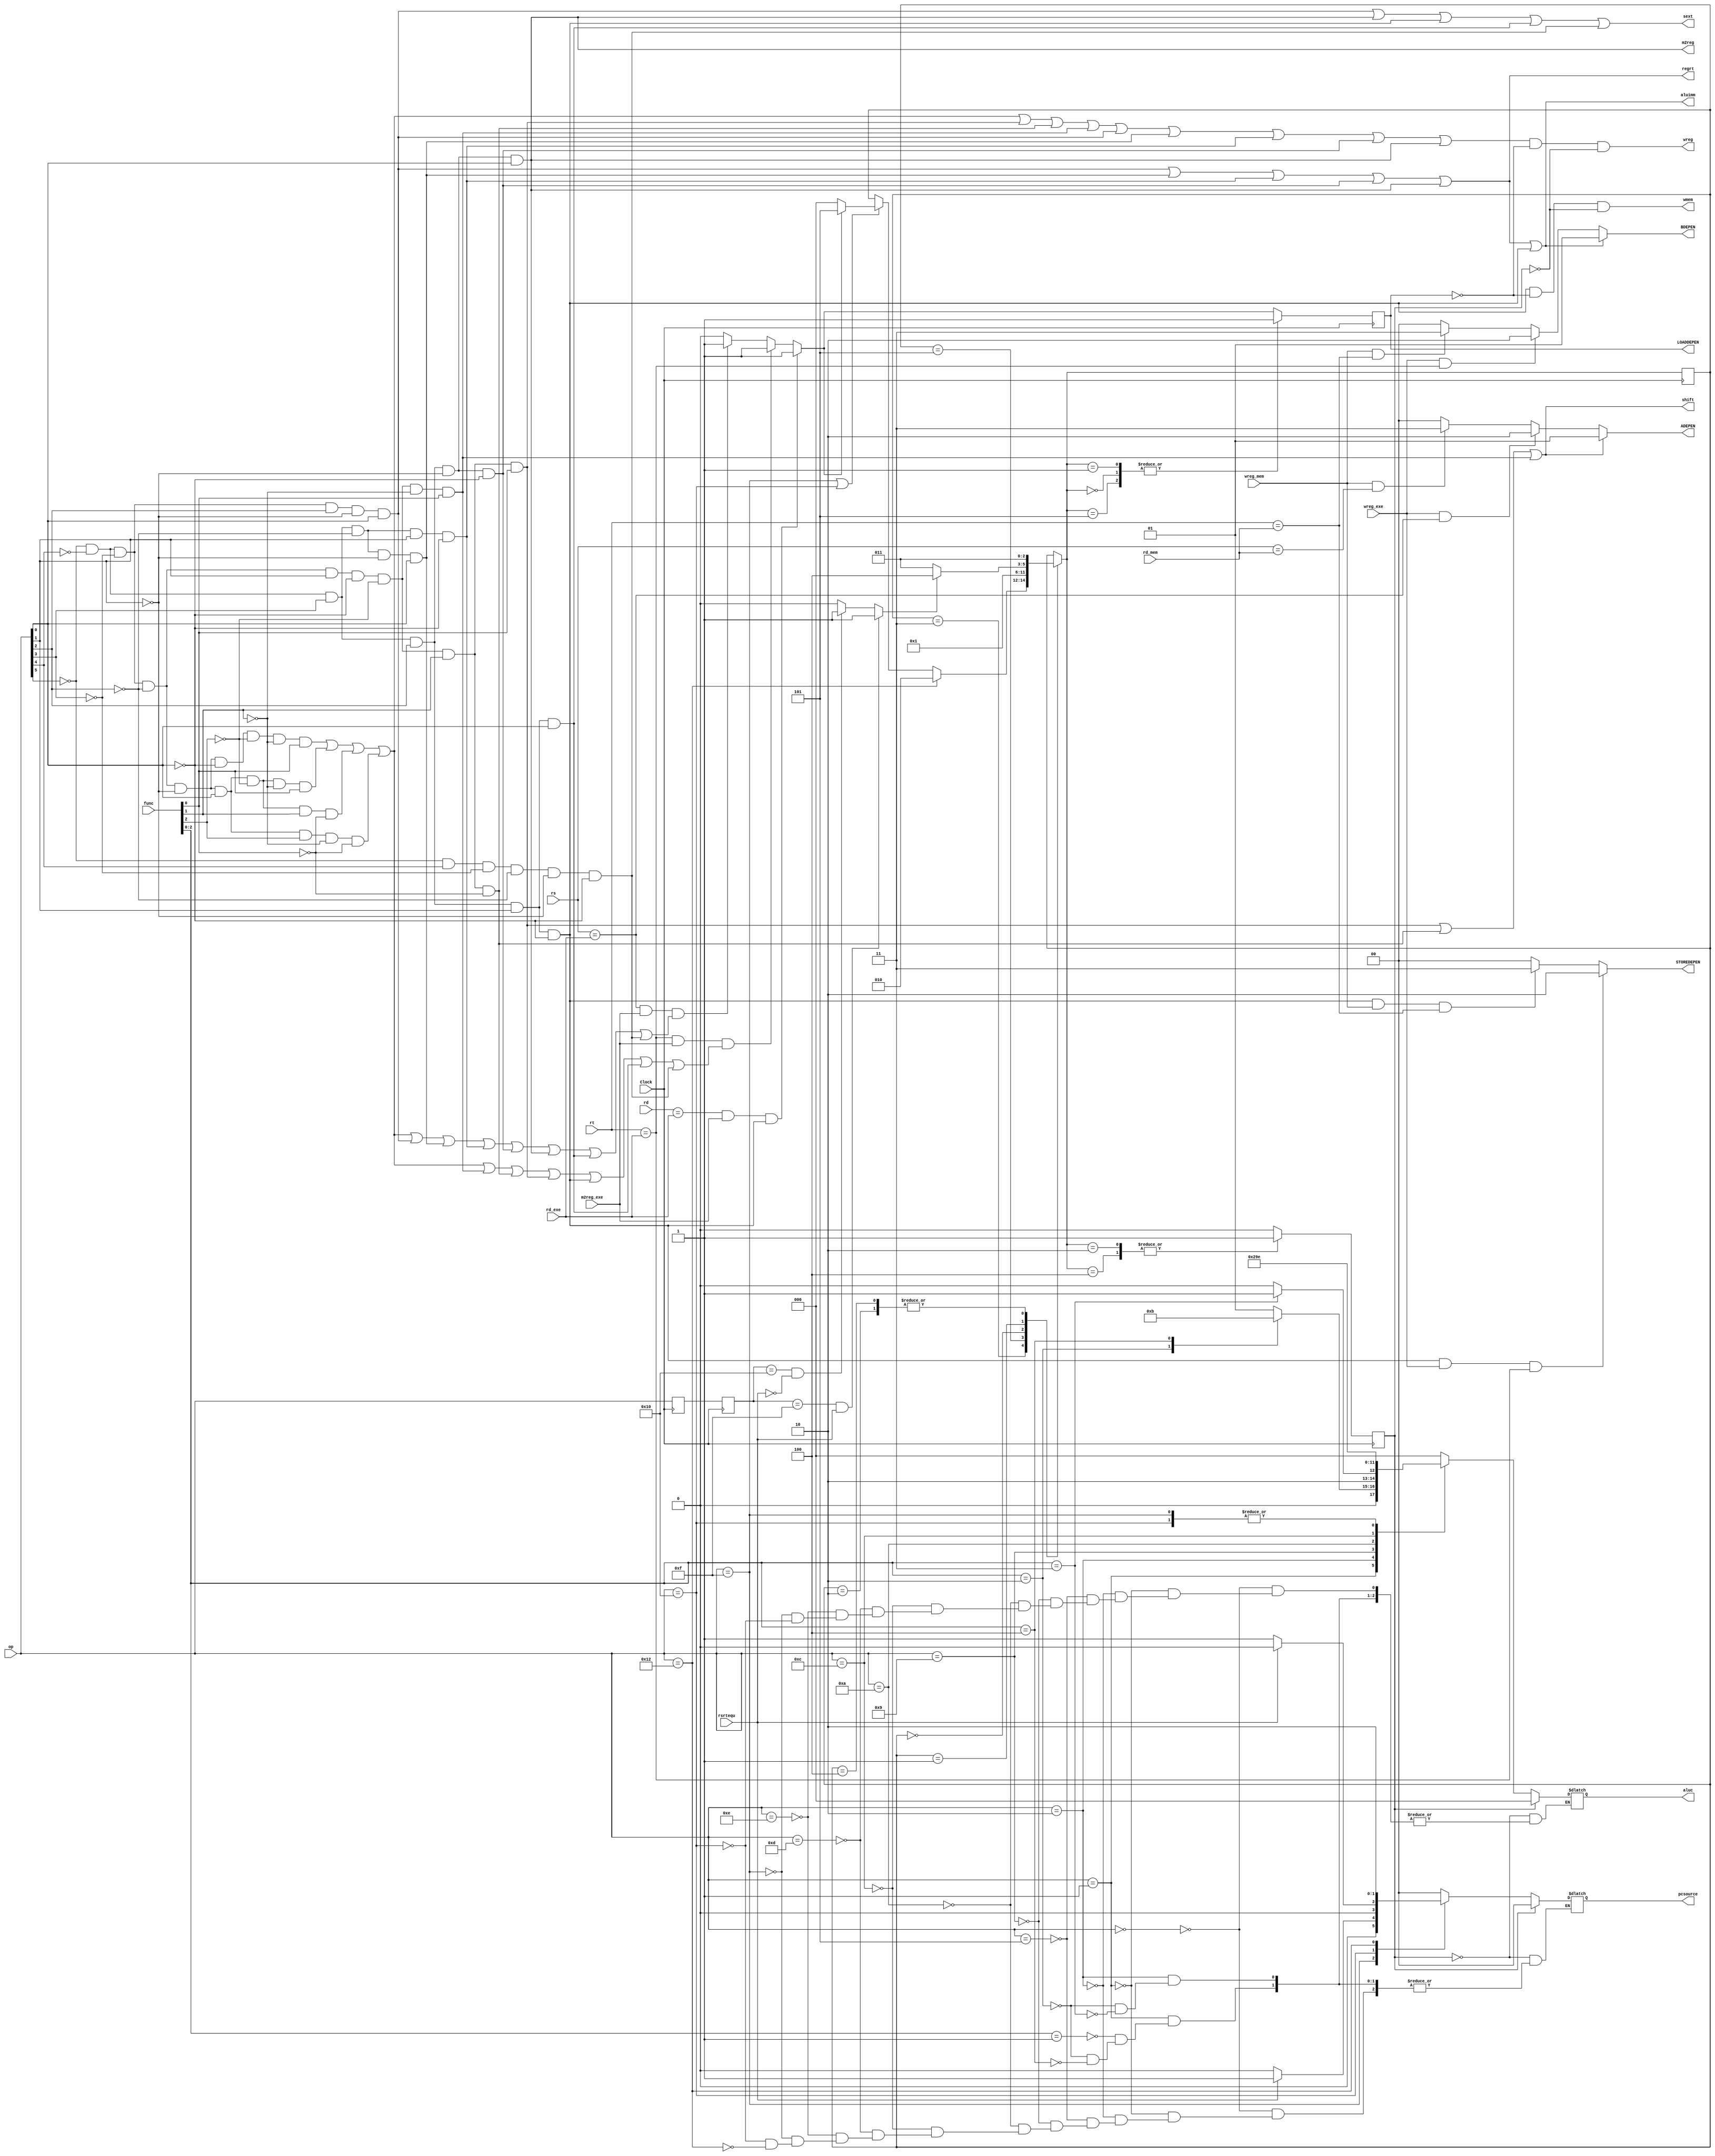
`timescale 1ns / 1ps
//////////////////////////////////////////////////////////////////////////////////
// Company: 
// Engineer: 
// 
// Design Name: 
// Module Name:    Control_Unit 
// Project Name: 
// Target Devices: 
// Tool versions: 
// Description: 
//
// Dependencies: 
//
// Revision: 
// Revision 0.01 - File Created
// Additional Comments: 
//
//////////////////////////////////////////////////////////////////////////////////
module Control_Unit(rsrtequ,func,
    op,wreg,m2reg,wmem,aluc,regrt,aluimm,
    sext,pcsource,shift, rs, rt, rd, rd_exe, rd_mem, ADEPEN, BDEPEN, 
    m2reg_exe, LOADDEPEN, STOREDEPEN, wreg_exe, wreg_mem, Clock
);
    input rsrtequ;                                    // ALU0if(r=0)rsrtequ=1
    input [5:0] func,op;                              // 
    input [4:0] rs, rt, rd, rd_exe, rd_mem;
    input m2reg_exe;
    input wreg_exe, wreg_mem;
    input Clock;
    output wreg,m2reg,wmem,regrt,aluimm,sext,shift;
    output [2:0] aluc;                                // ALU
    output [1:0] pcsource;                            // PC
    output [1:0] ADEPEN, BDEPEN, STOREDEPEN;          // 
    output LOADDEPEN;                                 // 

    reg [2:0] aluc;
    reg [1:0] pcsource;
    reg [1:0] ADEPEN, BDEPEN, STOREDEPEN;                      
    reg LOADDEPEN;                                 
    reg CancelInst;

    wire i_add,i_and,i_or,i_xor,i_sll,i_srl,i_sra;    // 
    wire i_addi,i_andi,i_ori,i_xori;                  // 
    wire i_lw,i_sw;                                   // 
    wire i_beq,i_bne;                                 // branch
    wire i_j;                                         // jump

    /////////////////////////////////////////////////////////////////////////////////////////////////////
    and(i_add,~op[5],~op[4],~op[3],~op[2],~op[1],~op[0],~func[2],~func[1],func[0]); // add
    and(i_and,~op[5],~op[4],~op[3],~op[2],~op[1],op[0],~func[2],~func[1],func[0]);  // and
    and(i_or,~op[5],~op[4],~op[3],~op[2],~op[1],op[0],~func[2],func[1],~func[0]);   // or
    and(i_xor,~op[5],~op[4],~op[3],~op[2],~op[1],op[0],func[2],~func[1],~func[0]);  // xor

    and(i_sra,~op[5],~op[4],~op[3],~op[2],op[1],~op[0],~func[2],~func[1],func[0]);  // sra
    and(i_srl,~op[5],~op[4],~op[3],~op[2],op[1],~op[0],~func[2],func[1],~func[0]);  // srl
    and(i_sll,~op[5],~op[4],~op[3],~op[2],op[1],~op[0],~func[2],func[1],func[0]);   // sll

    and(i_addi,~op[5],~op[4],~op[3],op[2],~op[1],op[0]);                            // addi
    and(i_andi,~op[5],~op[4],op[3],~op[2],~op[1],op[0]);                            // andi
    and(i_ori,~op[5],~op[4],op[3],~op[2],op[1],~op[0]);                             // ori
    and(i_xori,~op[5],~op[4],op[3],op[2],~op[1],~op[0]);                            // xori

    and(i_lw,~op[5],~op[4],op[3],op[2],~op[1],op[0]);                               // load
    and(i_sw,~op[5],~op[4],op[3],op[2],op[1],~op[0]);                               // store

    and(i_beq,~op[5],~op[4],op[3],op[2],op[1],op[0]);                               // beq
    and(i_bne,~op[5],op[4],~op[3],~op[2],~op[1],~op[0]);                            // bne

    and(i_j,~op[5],op[4],~op[3],~op[2],op[1],~op[0]);                               // jump

    wire i_rs=i_add|i_and|i_or|i_xor|i_addi|i_andi|i_ori|i_xori|i_lw|i_beq|i_bne;   // rs
    wire i_rt=i_add|i_and|i_or|i_xor|i_sra|i_srl|i_sll|i_sw|i_beq|i_bne;            // rt

    /////////////////////////////////////////////////////////////////////////////////////////////////////
    wire wreg_mid;
    assign wreg_mid=i_add|i_and|i_or|i_xor|i_sll|i_srl|i_sra|i_addi|i_andi|i_ori|i_xori|i_lw;		//
    and(wreg, wreg_mid, ~LOADDEPEN, ~CancelInst);
    assign regrt=i_addi|i_andi|i_ori|i_xori|i_lw;    //regrt1rtrd
    assign m2reg=i_lw;  //1ALU
    assign shift=i_sll|i_srl|i_sra;//ALUa1ALUainst[19:15]
    assign aluimm=i_addi|i_andi|i_ori|i_xori|i_lw|i_sw;//ALUb1ALUb
    assign sext=i_addi|i_lw|i_sw|i_beq|i_bne;//1
    wire wmem_mid;
    assign wmem_mid=i_sw;//1
    and(wmem, wmem_mid, ~LOADDEPEN, ~CancelInst);

    /*  */
    always @(*) begin
        ADEPEN = 0; // ADEPEN = A
        BDEPEN = 0; // BDEPEN = B
        STOREDEPEN = 0; // STOREDEPEN = B
        // A
        if (shift) begin ADEPEN = 1; end
        else if (wreg_exe && (rs == rd_exe)) begin ADEPEN = 2; end  //exe
        else if (wreg_mem && (rs == rd_mem)) begin ADEPEN = 3; end // mem
        // B
        if (aluimm) begin BDEPEN = 1; end
        else if (wreg_exe && (rt == rd_exe)) begin BDEPEN = 2; end
        else if (wreg_mem && (rt == rd_mem)) begin BDEPEN = 3; end
        // STORE
        if (i_sw && wreg_exe && (rt == rd_exe)) begin STOREDEPEN = 2; end
        else if(i_sw && wreg_mem  && (rt == rd_mem)) begin STOREDEPEN = 3; end
    end

    reg [2:0] BState;
    reg isJ;
    initial begin
        BState = 3;
        isJ = 0;
        CancelInst = 0;
        LOADDEPEN = 0;
    end

    reg [5:0] op_exe, op_mem;
    always @(posedge Clock) begin
        op_mem = op_exe;
        op_exe = op;
    end

    /*  */
    always @(posedge Clock) begin
        LOADDEPEN = 0;
        /* load  */
        if ((rs == rd_exe) && m2reg_exe && i_rs) LOADDEPEN = 1;
        if ((rt == rd_exe) && m2reg_exe && i_rt) LOADDEPEN = 1;
        if ((rd == rd_exe) && m2reg_exe && i_sw) LOADDEPEN = 1;
        /* Jump  */
        if (op_mem == 6'b001111 && rsrtequ) isJ = 1;
        else if(op_mem == 6'b010000 && ~rsrtequ) isJ = 1;
        else isJ = 0;
        CancelInst = 0;
        /*  */
        case (BState)
            3: begin
                if(op == 6'b010010) BState = 2;
                else if(op == 6'b001111 || op == 6'b010000) begin 
                    if (LOADDEPEN) begin BState = 5; end 
                    else begin BState = 0; end
                end
            end
            2: BState = 3;
            5: BState = 0; 
            0: BState = 1; 
            1: begin
                if (isJ) BState = 4;
                else BState = 3;
            end
            4: BState = 3;
        endcase
        /*  */
        case (BState)
            5: LOADDEPEN = 1;
            0: LOADDEPEN = 1;
            1: LOADDEPEN = 1;
            4: CancelInst = 1;
            2: CancelInst = 1;
        endcase
    end

    always @(*)
        if(!CancelInst) begin
            case (op)
                6'b000000: begin aluc<=3'b000; pcsource<=2'b00; end                                    // +; pc=pc+4
                6'b000001:
                    case (func[2:0])
                        3'b001: begin aluc<=3'b001; pcsource<=2'b00; end                               // and; pc=pc+4
                        3'b010: begin aluc<=3'b010; pcsource<=2'b00; end                               // or; pc=pc+4
                        3'b100: begin aluc<=3'b011; pcsource<=2'b00; end                               // xor; pc=pc+4
                    endcase
                6'b000010:
                    case (func[2:0])
                        3'b010: begin aluc<=3'b100; pcsource<=2'b00; end                               // srl; pc=pc+4
                        3'b011: begin aluc<=3'b101; pcsource<=2'b00; end                               // sll; pc=pc+4
                    endcase
                6'b000101: begin aluc<=3'b000; pcsource<=2'b00; end                                    // addi; pc=pc+4
                6'b001001: begin aluc<=3'b001; pcsource<=2'b00; end                                    // andi; pc=pc+4
                6'b001010: begin aluc<=3'b010; pcsource<=2'b00; end                                    // ori; pc=pc+4
                6'b001100: begin aluc<=3'b011; pcsource<=2'b00; end                                    // xori; pc=pc+4

                6'b001101: begin aluc<=3'b000; pcsource<=2'b00; end                                    // load; pc=pc+4
                6'b001110: begin aluc<=3'b000; pcsource<=2'b00; end                                    // store; pc=pc+4
                6'b001111: begin aluc<=3'b110; if(rsrtequ) pcsource<=2'b01; else pcsource<=2'b00; end  // beq; pc=bpc
                6'b010000: begin aluc<=3'b110; if(!rsrtequ) pcsource<=2'b01; else pcsource<=2'b00; end // beq; pc=bpc
                6'b010010: pcsource<=2'b10;                                                            // beq; pc=jpc
            endcase
        end else begin
            aluc <= 3'b000; pcsource <= 2'b00;
        end

endmodule